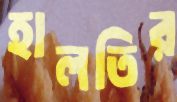
হালতির